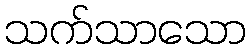
သက်သာသော